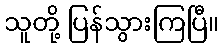
သူတို့ ပြန်သွားကြပြီ။